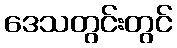
ဒေသတွင်းတွင်